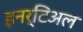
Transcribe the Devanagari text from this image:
इनर्टिअल